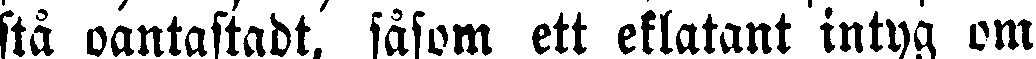
stå oantastadt, såsom ett eklatant intyg om